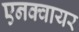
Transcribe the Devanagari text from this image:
एनक्वायर